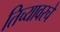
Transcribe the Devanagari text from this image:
तिच्यावरचे